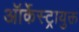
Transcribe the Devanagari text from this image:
ऑर्केस्ट्रायुक्त